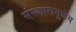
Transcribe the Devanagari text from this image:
संस्कारामुळेच